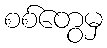
စစ်တွေမှ